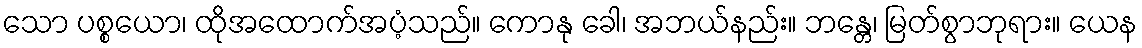
သော ပစ္စယော၊ ထိုအထောက်အပံ့သည်။ ကောနု ခေါ၊ အဘယ်နည်း။ ဘန္တေ၊ မြတ်စွာဘုရား။ ယေန